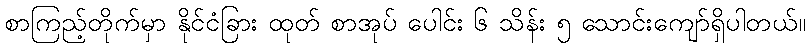
စာကြည့်တိုက်မှာ နိုင်ငံခြား ထုတ် စာအုပ် ပေါင်း ၆ သိန်း ၅ သောင်းကျော်ရှိပါတယ်။